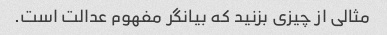
مثالی از چیزی بزنید که بیانگر مفهوم عدالت است.